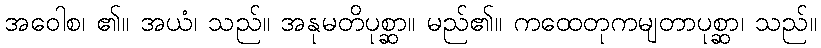
အဝေါစ၊ ၏။ အယံ၊ သည်။ အနုမတိပုစ္ဆာ။ မည်၏။ ကထေတုကမျတာပုစ္ဆာ၊ သည်။